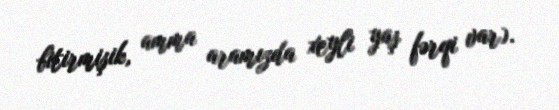
bitirmişik, amma aramızda xeyli yaş fərqi var).